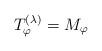
LaTeX: \begin{align*} T^{(\lambda)}_\varphi = M_\varphi\end{align*}